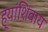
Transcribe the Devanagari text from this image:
ह्यांशिवाय